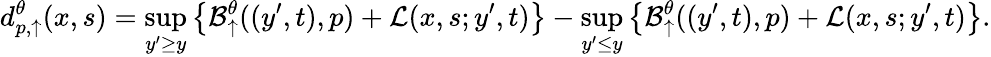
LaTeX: d_{p,\uparrow}^{\theta}(x,s)=\operatorname*{sup}_{y^{\prime}\geq y}\left\{ \mathcal{B}_{\uparrow}^{\theta}((y^{\prime},t),p)+\mathcal{L}(x,s;y^{\prime},t)\right\} -\operatorname*{sup}_{y^{\prime}\leq y}\left\{ \mathcal{B}_{\uparrow}^{\theta}((y^{\prime},t),p)+\mathcal{L}(x,s;y^{\prime},t)\right\} .